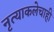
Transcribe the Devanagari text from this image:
नृत्याकलेचाही